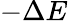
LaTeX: -\Delta E